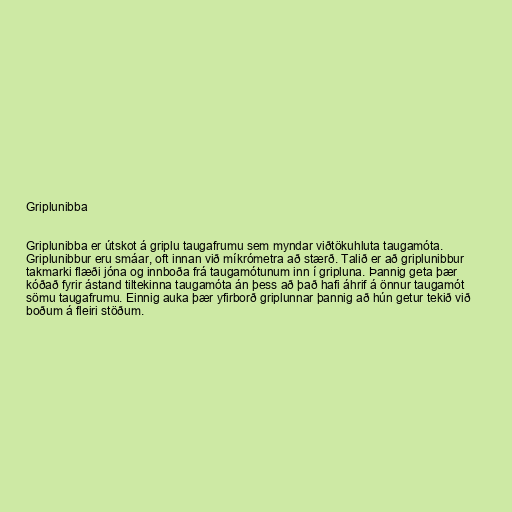
Griplunibba

Griplunibba er útskot á griplu taugafrumu sem myndar viðtökuhluta taugamóta.
Griplunibbur eru smáar, oft innan við míkrómetra að stærð. Talið er að griplunibbur
takmarki flæði jóna og innboða frá taugamótunum inn í gripluna. Þannig geta þær
kóðað fyrir ástand tiltekinna taugamóta án þess að það hafi áhrif á önnur taugamót
sömu taugafrumu. Einnig auka þær yfirborð griplunnar þannig að hún getur tekið við
boðum á fleiri stöðum.